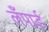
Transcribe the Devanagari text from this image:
लँपार्ड